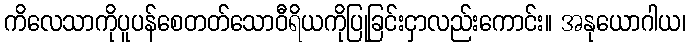
ကိလေသာကိုပူပန်စေတတ်သောဝီရိယကိုပြုခြင်းငှာလည်းကောင်း။ အနုယောဂါယ၊